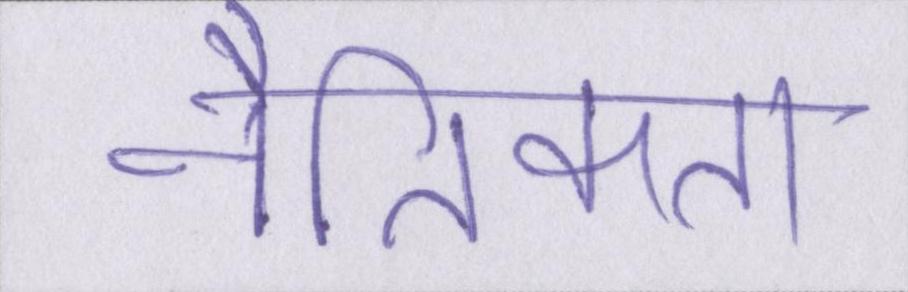
नैतिकता